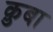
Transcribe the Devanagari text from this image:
क़ुबा